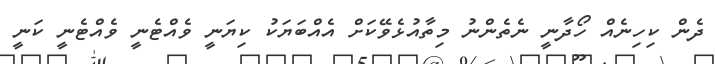
ދެން ކިހިނެއް ހޯދާނީ ނެތެންނު މިތާއުޅެވޭކަށް އެއްބަޔަކު ކިޔަނީ ވެއްޓެނީ ވެއްޓެނީ ކަނީ